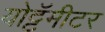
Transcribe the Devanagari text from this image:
योट्टॅमीटर